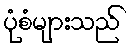
ပုံစံများသည်